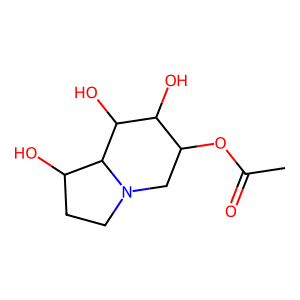
SMILES: CC(=O)OC1CN2CCC(O)C2C(O)C1O
Inhibits HIV replication: Yes